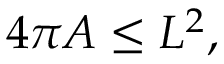
4 \pi A \leq L ^ { 2 } ,